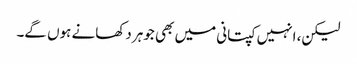
لیکن، انہیں کپتانی میں بھی جوہر دکھانے ہوں گے۔